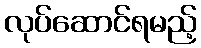
လုပ်ဆောင်ရမည့်